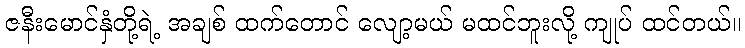
ဇနီးမောင်နှံတို့ရဲ့ အချစ် ထက်တောင် လျော့မယ် မထင်ဘူးလို့ ကျုပ် ထင်တယ်။